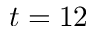
t = 1 2